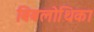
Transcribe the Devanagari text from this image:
बिबलोथिका